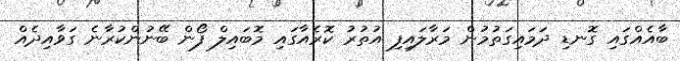
ބާއެއްގައި ގޮނޑި ދަމައިގަތުމުން މަރާލައިފި އުތުރު ކޮރެއާގައި މޮބައިލް ފޯން ބޭނުންކުރާނެ ގަވާއިދެއް